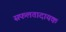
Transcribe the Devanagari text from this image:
सफलतादायक